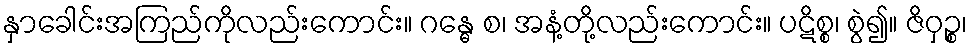
နှာခေါင်းအကြည်ကိုလည်းကောင်း။ ဂန္ဓေ စ၊ အနံ့တို့လည်းကောင်း။ ပဋိစ္စ၊ စွဲ၍။ ဇိဝှဉ္စ၊